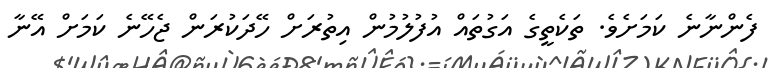
ފެންނާނެ ކަމަށެވެ. ތަކެތީގެ އަގުތައް އުފުލުމުން އިތުރަށް ހޭދަކުރަން ޖެހޭނެ ކަމަށް އޭނާ